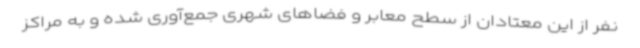
نفر از این معتادان از سطح معابر و فضاهای شهری جمع‌آوری شده و به مراکز